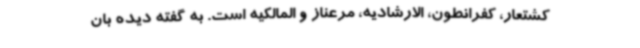
کشتعار، کفرانطون، الارشادیه، مرعناز و المالکیه است. به گفته دیده بان